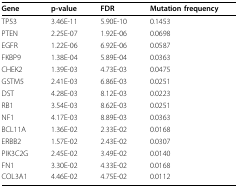
<table><thead><tr><td><b>Gene</b></td><td><b>p-value</b></td><td><b>FDR</b></td><td><b>Mutation frequency</b></td></tr></thead><tbody><tr><td>TP53</td><td>3.46E-11</td><td>5.90E-10</td><td>0.1453</td></tr><tr><td>PTEN</td><td>2.25E-07</td><td>1.92E-06</td><td>0.0698</td></tr><tr><td>EGFR</td><td>1.22E-06</td><td>6.92E-06</td><td>0.0587</td></tr><tr><td>FKBP9</td><td>1.38E-04</td><td>5.89E-04</td><td>0.0363</td></tr><tr><td>CHEK2</td><td>1.39E-03</td><td>4.73E-03</td><td>0.0475</td></tr><tr><td>GSTM5</td><td>2.41E-03</td><td>6.86E-03</td><td>0.0251</td></tr><tr><td>DST</td><td>4.28E-03</td><td>8.12E-03</td><td>0.0223</td></tr><tr><td>RB1</td><td>3.54E-03</td><td>8.62E-03</td><td>0.0251</td></tr><tr><td>NF1</td><td>4.17E-03</td><td>8.89E-03</td><td>0.0363</td></tr><tr><td>BCL11A</td><td>1.36E-02</td><td>2.33E-02</td><td>0.0168</td></tr><tr><td>ERBB2</td><td>1.57E-02</td><td>2.43E-02</td><td>0.0307</td></tr><tr><td>PIK3C2G</td><td>2.45E-02</td><td>3.49E-02</td><td>0.0140</td></tr><tr><td>FN1</td><td>3.30E-02</td><td>4.33E-02</td><td>0.0168</td></tr><tr><td>COL3A1</td><td>4.46E-02</td><td>4.75E-02</td><td>0.0112</td></tr></tbody></table>